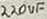
Text: 220uF